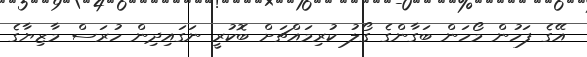
އޭގެ ފަހުން މޯހަން ބަގާންގެ ގޯލު ކުރިމައްޗަށް ބޮކުރީ ނަގައިދިން ހުރަސް މާޒިޔާގެ